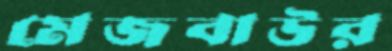
মেজবাউর